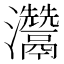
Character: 𤅬